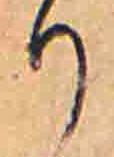
り